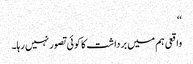
‘‘
واقعی ہم میں برداشت کا کوئی تصور نہیں رہا۔